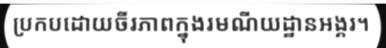
ប្រកបដោយចីរភាពក្នុងរមណីយដ្ឋានអង្គរ។